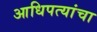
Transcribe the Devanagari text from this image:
आधिपत्यांचा